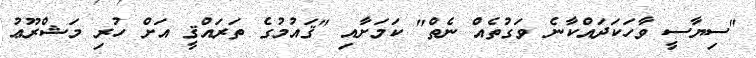
"ސިޔާސީ ވާހަކަދައްކާނެ ވަގުތެއް ނެތް" ކަމަށާއި "ޤައުމުގެ ތަރައްޤީ އަށް ހުރި މަޝްރޫޢު